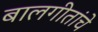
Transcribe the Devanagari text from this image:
बालगीतांचे